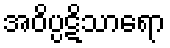
အဝိပ္ပဋိသာရော